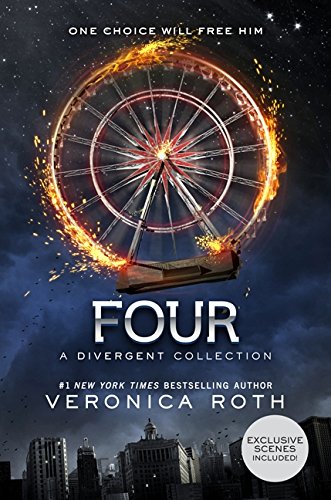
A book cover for Four: A Divergent Collection; Veronica Roth; Teen & Young Adult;